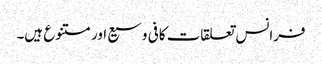
فرانس تعلقات کافی وسیع اور متنوع ہیں۔